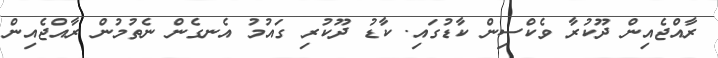
ރާއްޖެއިން ދޫކުރާ ވެކްސިން ކާޑުގައި. ކާޑު ދޫކުރި ގައުމު އެނގެން ނެތުމުން ރާއްޖެއިން